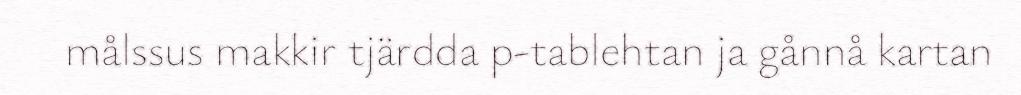
målssus makkir tjärdda p-tablehtan ja gånnå kartan